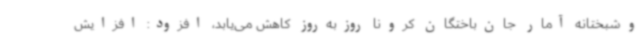
وشبختانه آمار جان‌باختگان کرونا روزبه‌روز کاهش می‌یابد، افزود: افزایش